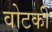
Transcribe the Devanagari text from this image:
वोटकी